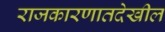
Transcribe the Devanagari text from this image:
राजकारणातदेखील